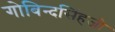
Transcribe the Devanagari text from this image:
गोबिन्दसिंहजी